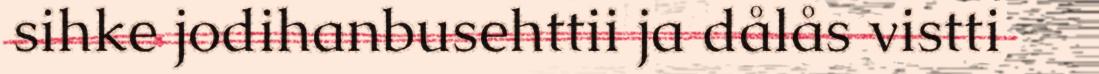
sihke jodihanbusehttii ja dålås vistti